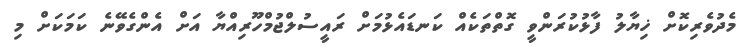
މެދުވެރިކޮށް ޚިޔާލު ފާޅުކުރަންވީ ގޮތްތަކެއް ކަނޑައެޅުމަށް ރައީސުލްޖުމްހޫރިއްޔާ އަށް އެންގެވޭނެ ކަމަކަށް މި